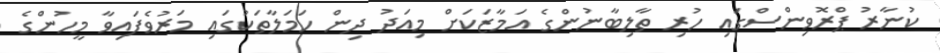
ކުނާރު ޕްރޮވިންސްގައި ހުރި ތާލިބާނުންގެ އަމާޒަކަށް މިއަދު ދިން ހަމަލާތަކުގައި މަރުވެފައިވާ މީހުންގެ